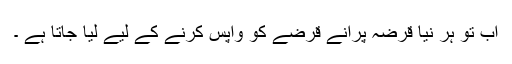
اب تو ہر نیا قرضہ پرانے قرضے کو واپس کرنے کے لیے لیا جاتا ہے ۔